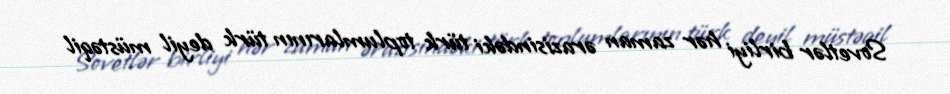
Sovetlər birliyi hər zaman ərazisindəki türk toplumlarının türk deyil müstəqil